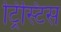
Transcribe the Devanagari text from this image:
ट्रिस्टिस